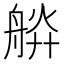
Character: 𦩎